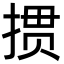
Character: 掼